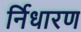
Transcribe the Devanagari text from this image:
र्निधारण